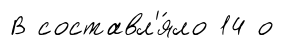
В составл'я́ло 14 о